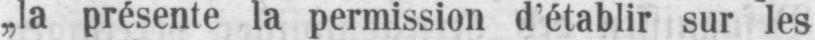
„la présente la permission d’établir sur les